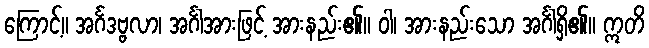
ကြောင့်။ အင်္ဂဒဗ္ဗလာ၊ အင်္ဂါအားဖြင့် အားနည်း၏။ ဝါ၊ အားနည်းသော အင်္ဂါရှိ၏။ ဣတိ